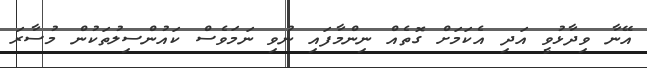
އޭނާ ވިދާޅުވީ އަދި އެކަމަށް ގޮތެއް ނިންމާފައި ނުވި ނަމަވެސް ކައުންސިލުތަކުން މުސާރަ